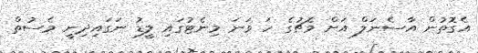
އެގޮތުން އާސެނަލް އަށް މެޗުގެ ހަ ވަނަ މިނެޓުގައި ލީޑު ނަގައިދިނީ މެސުތް